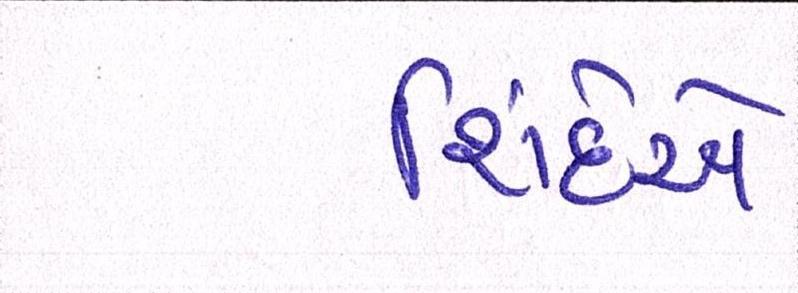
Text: શિંદેએ